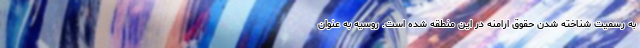
به رسمیت شناخته شدن حقوق ارامنه در این منطقه شده است. روسیه به عنوان